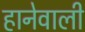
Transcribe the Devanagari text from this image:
हानेवाली